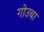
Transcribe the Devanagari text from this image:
गोउबा